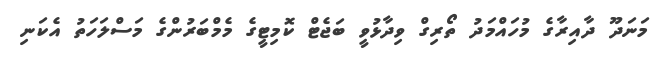
މަނަދޫ ދާއިރާގެ މުހައްމަދު ތޯރިގް ވިދާޅުވީ ބަޖެޓް ކޮމިޓީގެ މެމްބަރުންގެ މަސްލަހަތު އެކަނި